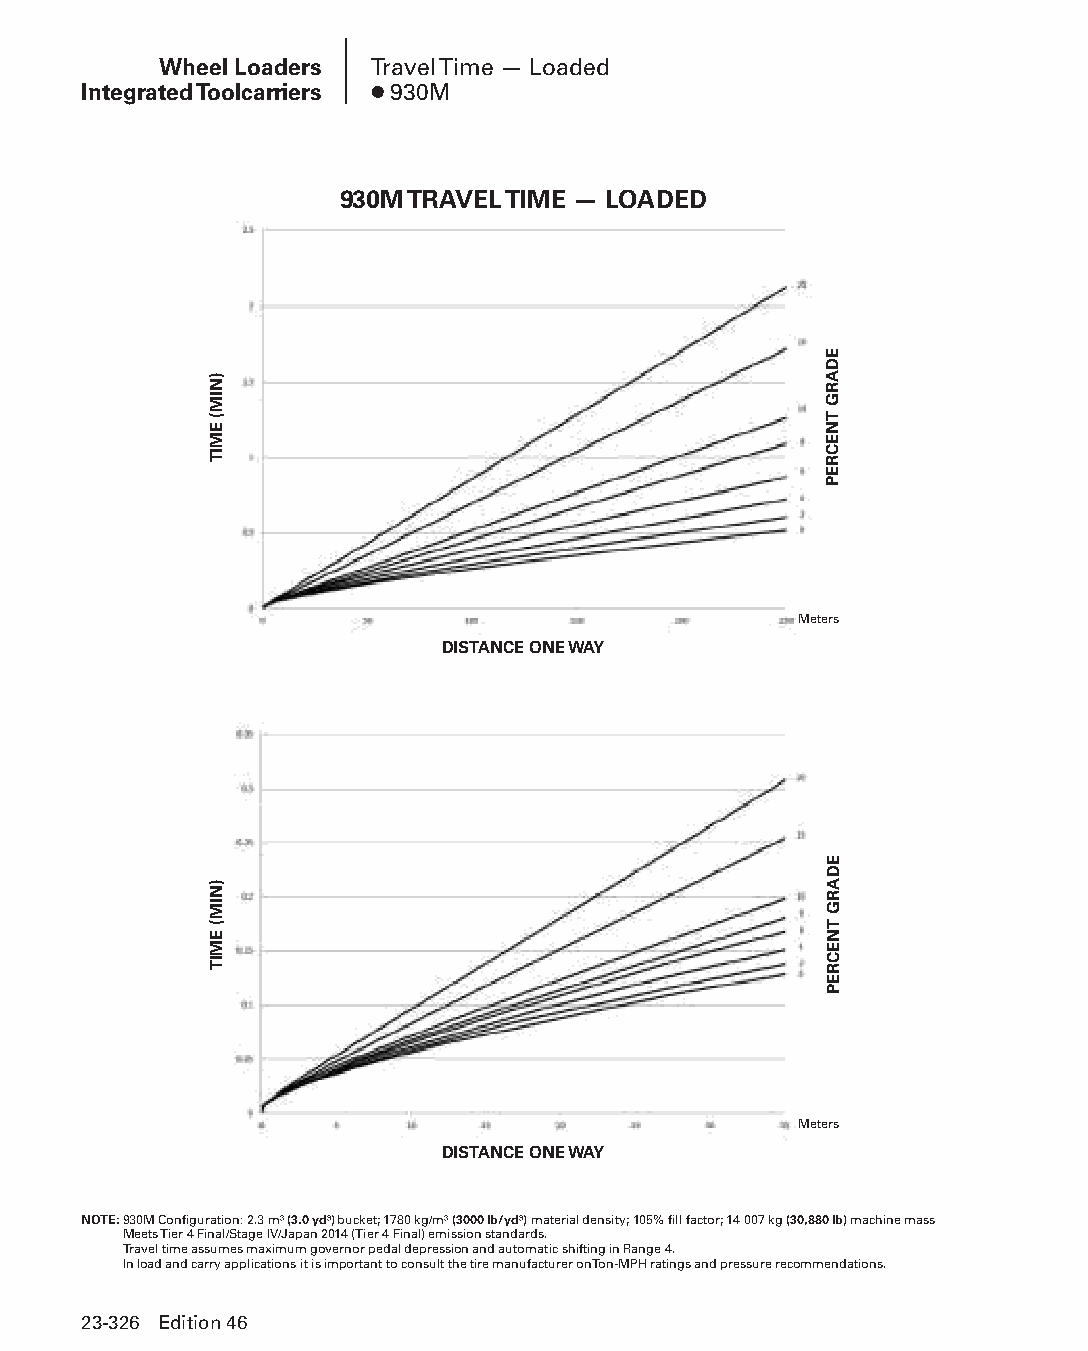
Wheel Loaders Travel Time — Loaded
 Integrated Toolcarriers ● 930M
 930M TRAVEL TIME — LOADED
 Meters
 DISTANCE ONE WAY
 Meters
 DISTANCE ONE WAY
 NOTE: 930M Configuration: 2.3 m3 (3.0 yd3) bucket; 1780 kg/m3 (3000 lb/yd3) material density; 105% fill factor; 14 007 kg (30,880 lb) machine mass
 Meets Tier 4 Final/Stage IV/Japan 2014 (Tier 4 Final) emission standards.
 Travel time assumes maximum governor pedal depression and automatic shifting in Range 4.
 In load and carry applications it is important to consult the tire manufacturer on Ton-MPH ratings and pressure recommendations.
 23-326 Edition 46
 PPHHBB--SSeecc2233((ppgg332255--338800))..iinndddd 332266      1122//44//1155 1111::1133 AAMM
 )NIM(
 EMIT
 )NIM(
 EMIT
 EDARG
 TNECREP
 EDARG
 TNECREP